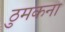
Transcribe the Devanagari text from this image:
ठुमकना